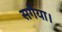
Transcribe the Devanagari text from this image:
सगैया।